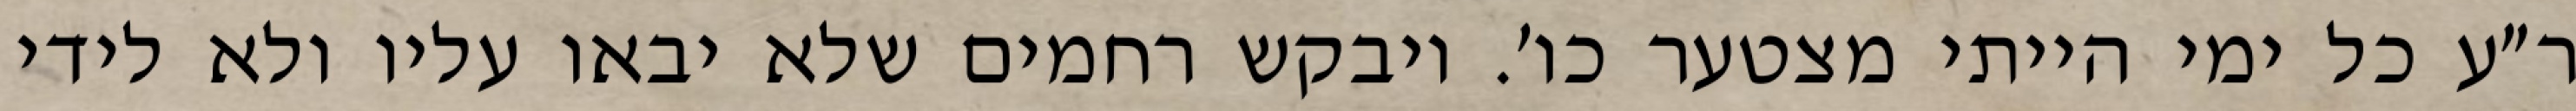
ר״ע כל ימי הייתי מצטער כו׳. ויבקש רחמים שלא יבאו עליו ולא לידי